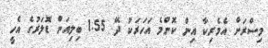
މިސްރަށް އެމެރިކާ އިން ކޮންމެ އަހަރަކު ދޭ 1.55 ބިލިއަން ޑޮަލަރުގެ އެހީ